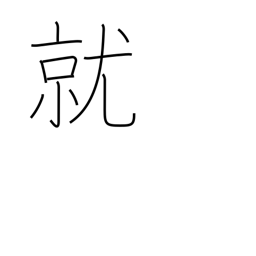
Meaning: take position